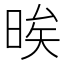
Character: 𱢈